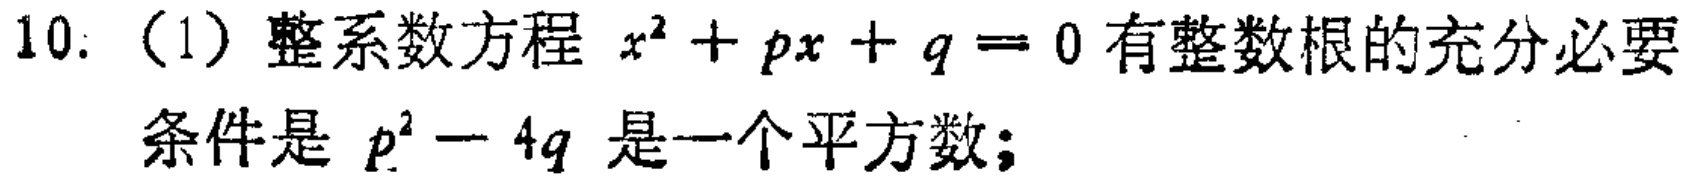
10. （1）整系数方程 \(x^{2}+px + q = 0\) 有整数根的充分必要
条件是 \(p^{2}-4q\) 是一个平方数；